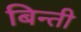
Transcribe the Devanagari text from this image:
बिन्ती